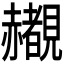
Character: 𬦄